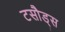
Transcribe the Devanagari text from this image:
टसौड्स